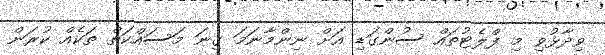
ވިދާޅުވި މި ފްލެޓުތައް ސުންގަޑި އަށް ނިންމާނަމަ ގިނަ މަސައްކަތް ތަކެއް ކުރަން